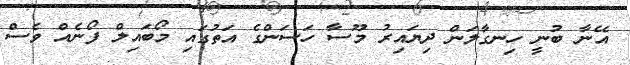
އޭނާ ބުނީ ހިނގާލަން ދިޔައިރު މޫސާ ހަސަންގެ އަތުގައި މޯބައިލް ފޯނެއް ވެސް